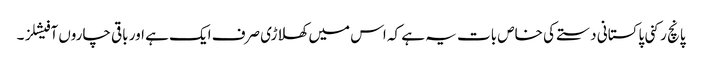
پانچ رکنی پاکستانی دستے کی خاص بات یہ ہے کہ اس میں کھلاڑی صرف ایک ہے اور باقی چاروں آفیشلز ۔